Senior Leaving Certificate Examination (including Day School Certificate (Higher) General paper), 1948
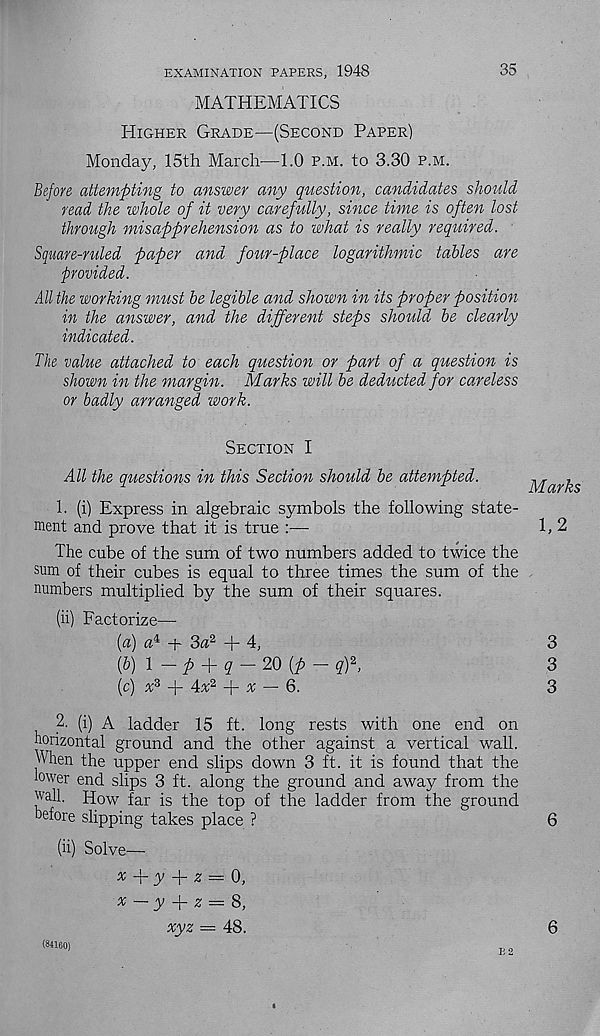
35
EXAMINATION PAPERS, 1948
MATHEMATICS
Higher Grade—(Second Paper)
Monday, 15th March—1.0 p.m. to 3.30 p.m.
Before attempting to answer any question, candidates should
read the whole of it very carefully, since time is often lost
through misapprehension as to what is really required.
Square-ruled paper and four-place logarithmic tables are
provided.
All the working must be legible and shown in its proper position
in the answer, and the different steps should be clearly
indicated.
The value attached to each question or part of a question is
shown in the margin. Marks will be deducted for careless
or badly arranged work.
Section I
All the questions in this Section should be attempted.
1. (i) Express in algebraic symbols the following state-
ment and prove that it is true :—
The cube of the sum of two numbers added to twice the
sum of their cubes is equal to three times the sum of the
numbers multiplied by the sum of their squares.
(ii) Factorize—■
{a) a i + 3a 2 + 4,
(&) l-p + q-20[p- qf,
(c) x 2 + Ax 2 + ^ — 6.
2. (i) A ladder 15 ft. long rests with one end on
horizontal ground and the other against a vertical wall.
When the upper end slips down 3 ft. it is found that the
lower end slips 3 ft. along the ground and away from the
wall. How far is the top of the ladder from the ground
before slipping takes place ?
(ii) Solve—
*
+ 2 = 0,
x — y
z — 3,
xyz — 48.
Marks
1,2
(84160)
6
co co co